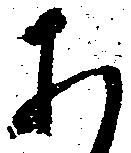
あ